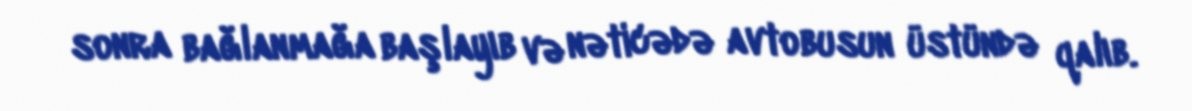
sonra bağlanmağa başlayıb və nəticədə avtobusun üstündə qalıb.